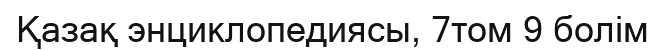
Қазақ энциклопедиясы, 7том 9 болім